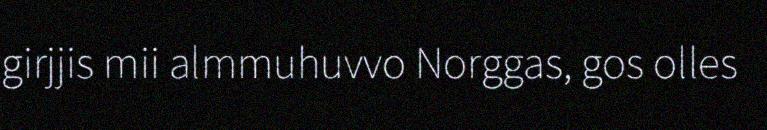
girjjis mii almmuhuvvo Norggas, gos olles